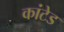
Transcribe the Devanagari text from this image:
कांटेड